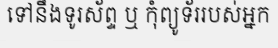
ទៅនឹងទូរស័ព្ទ ឬ កុំព្យូទ័ររបស់អ្នក